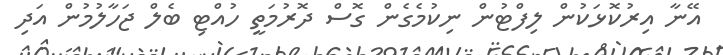
އޭނާ އިރުކޮޅަކުން ލިފްޓުން ނިކުމެގެން ގޮސް ދޮރުމަތީ ހުއްޓި ބެލް ޖަހާލުމުން އަދި